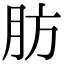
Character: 肪